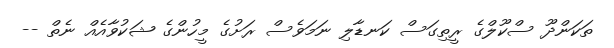
ތަކަންދޫ ސްކޫލްގެ ރީތިގަސް ކަނޑާލި ނަމަވެސް ރަށުގެ މީހުންގެ ޝަކުވާއެއް ނެތް --